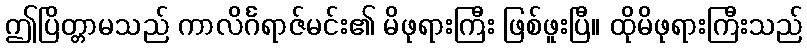
ဤပြိတ္တာမသည် ကာလိင်္ဂရာဇ်မင်း၏ မိဖုရားကြီး ဖြစ်ဖူးပြီ။ ထိုမိဖုရားကြီးသည်